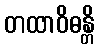
တထာဝိဓန္တိ